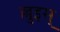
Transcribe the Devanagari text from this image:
ल्लुइस्